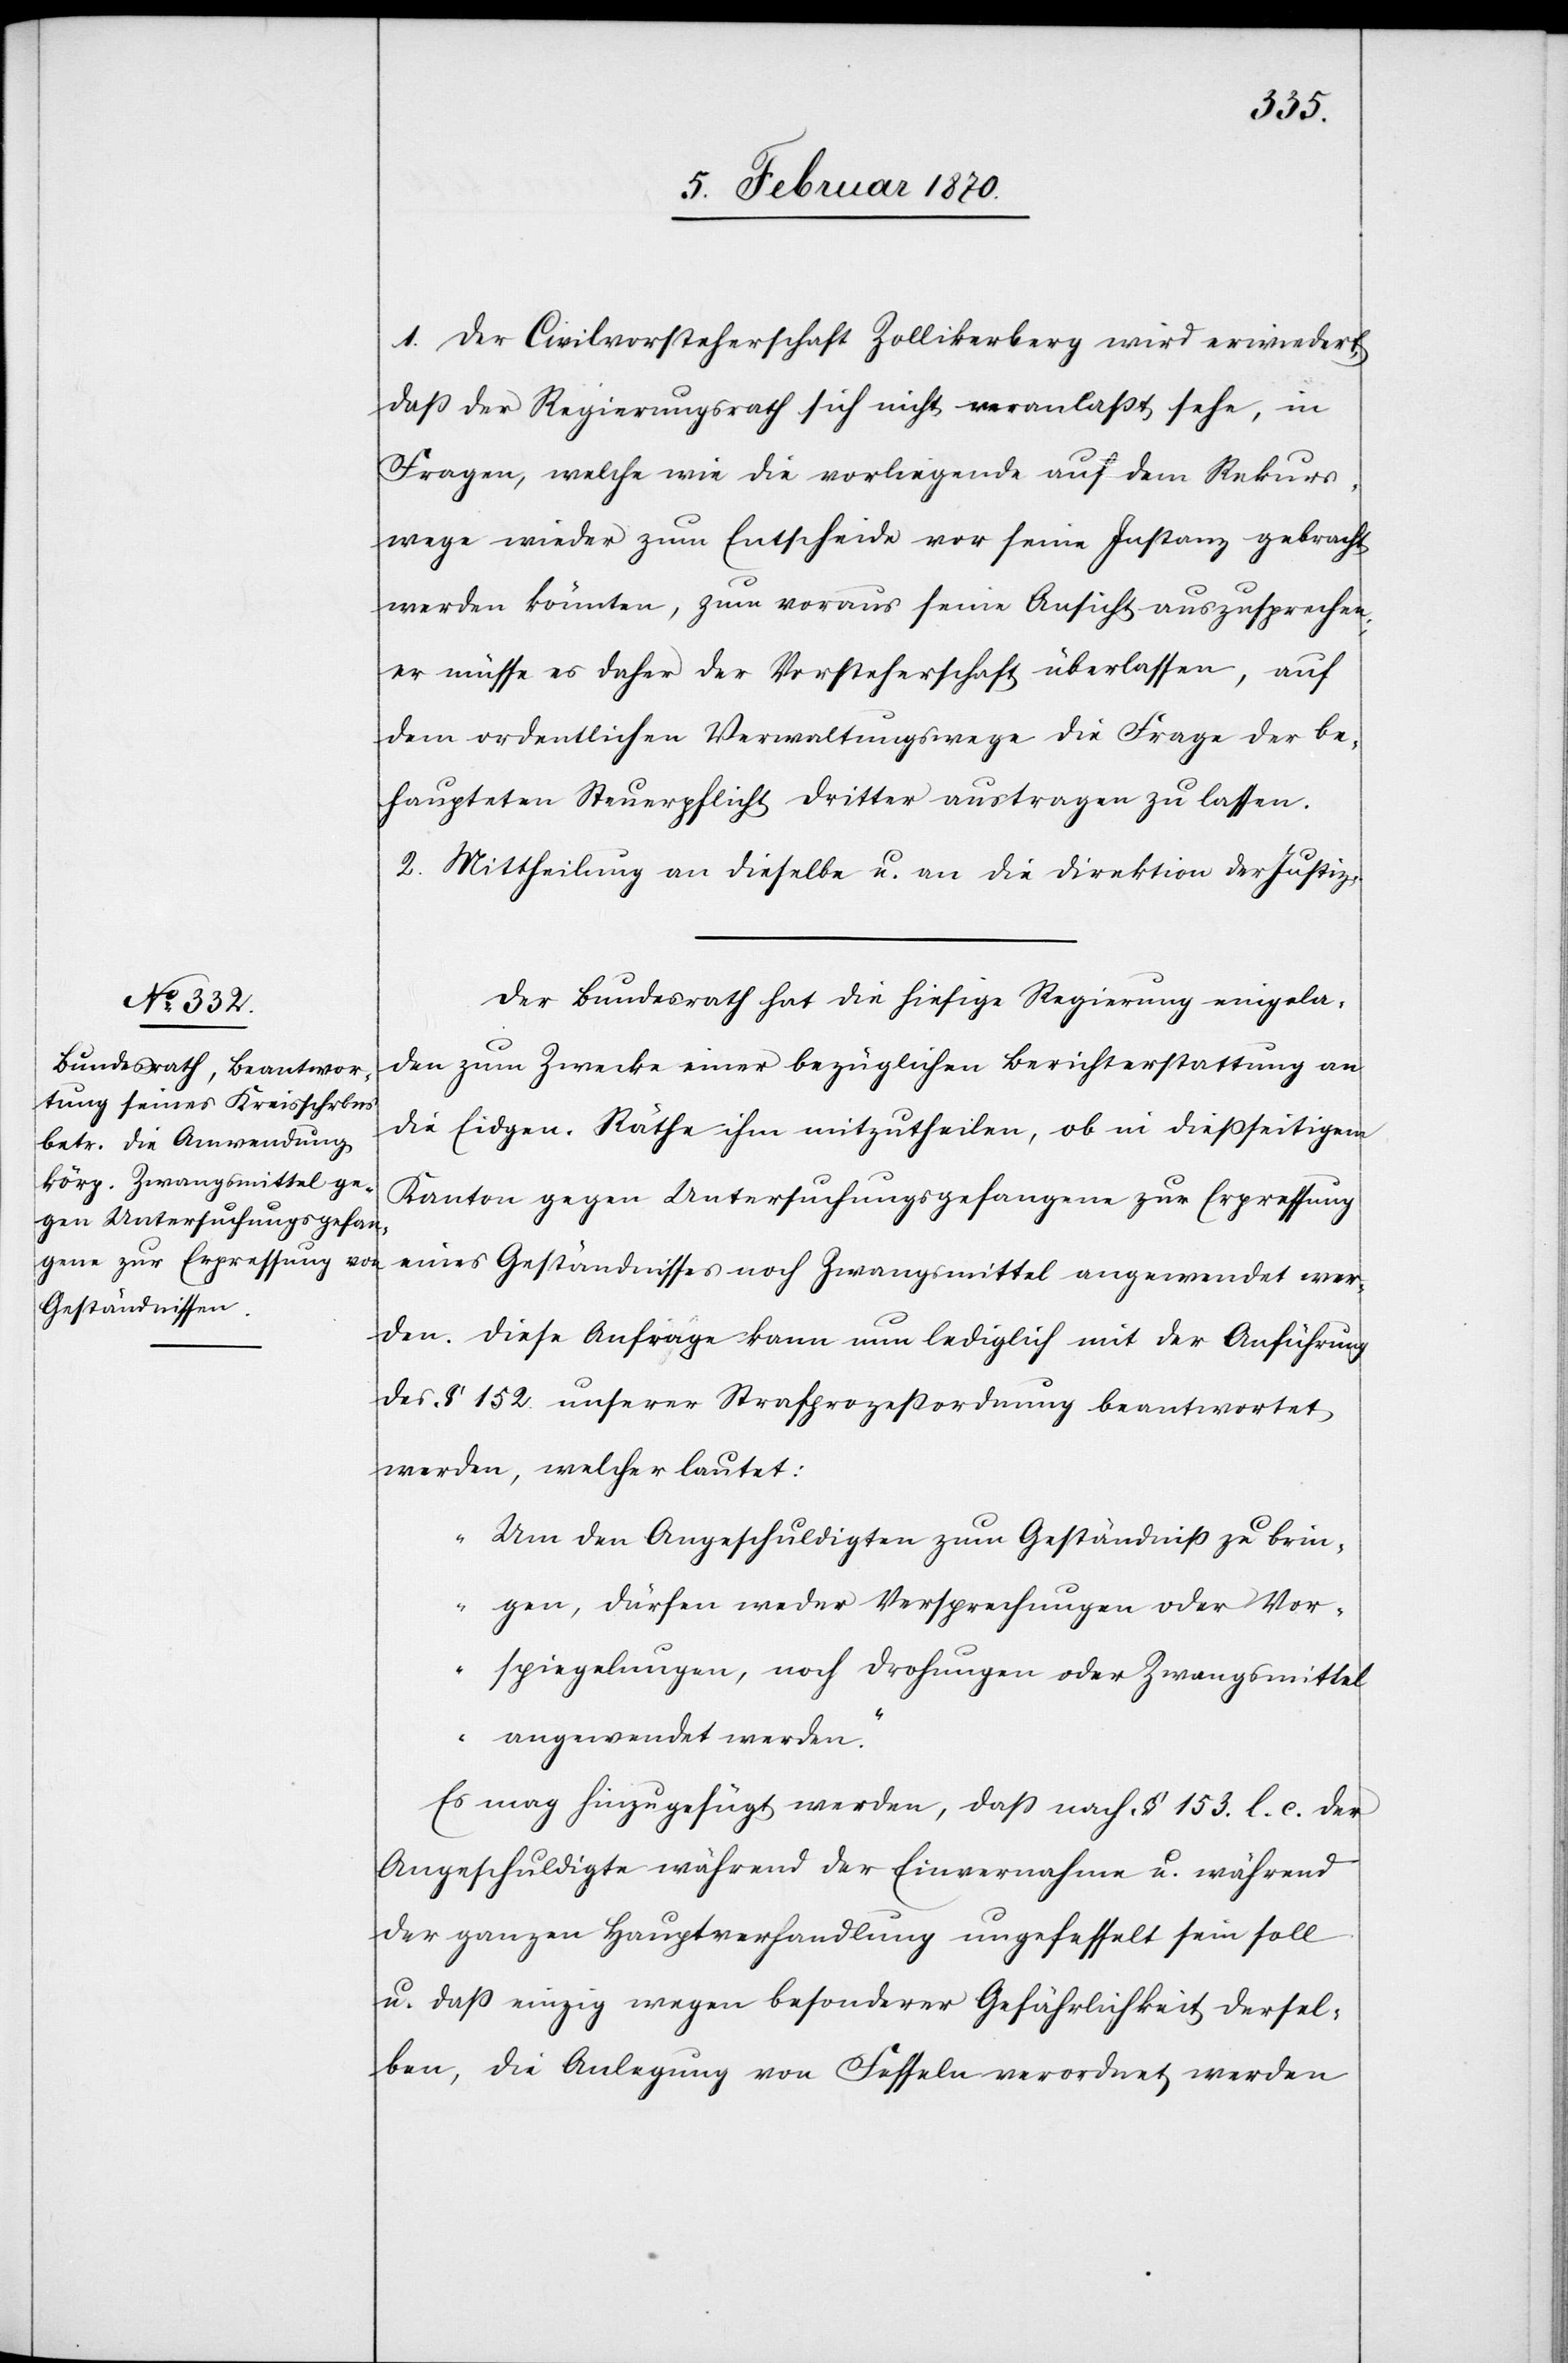
1. Der Civilvorsteherschaft Zollikerberg wird erwiedert,
daß der Regierungsrath sich nicht veranlaßt sehe, in
Fragen, welche wie die vorliegende auf dem Rekurs¬
wege wieder zum Entscheide vor seine Instanz gebracht
werden könnten, zum voraus seine Ansicht auszusprechen;
er müsse es daher der Vorsteherschaft überlassen, auf
dem ordentlichen Verwaltungswege die Frage der be¬
haupteten Steuerpflicht Dritter austragen zu lassen.
2. Mittheilung an dieselbe u. an die Direktion der Justiz.
Der Bundesrath hat die hiesige Regierung eingela¬
den zum Zwecke einer bezüglichen Berichterstattung an
die Eidgen. Räthe ihm mitzutheilen, ob in dießseitigem
Kanton gegen Untersuchungsgefangene zur Erpressung
eines Geständnisses noch Zwangsmittel angewendet wer¬
den. Diese Anfrage kann nun lediglich mit der Anführung
des § 152. unserer Strafprozeßordnung beantwortet
werden, welcher lautet:
„Um den Angeschuldigten zum Geständniß zu brin¬
gen, dürfen weder Versprechungen oder Vor¬
spiegelungen, noch Drohungen oder Zwangsmittel
angewendet werden.“
Es mag hinzugefügt werden, daß nach § 153. l. c. der
Angeschuldigte während der Einvernahme u. während
der ganzen Hauptverhandlung ungefesselt sein soll
u. daß einzig wegen besonderer Gefährlichkeit dersel¬
ben, die Anlegung von Fesseln verordnet werden